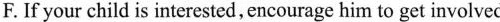
F.If your child is interested,encourage him to get involved